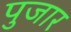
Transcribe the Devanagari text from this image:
पुजार